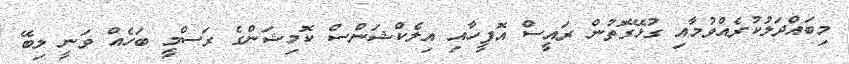
މިބައްދަލުކުރެއްވުމާއި ގުޅޭގޮތުން ރައީސް އޮފީހާއި އިލެކްޝަންސް ކޮމިޝަންގެ ރަސްމީ ބަހެއް ވަނީ ލިބޭ